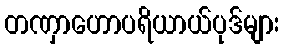
တဏှာဟောပရိယာယ်ပုဒ်များ